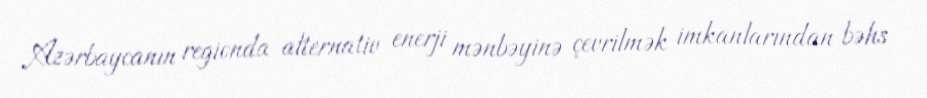
Azərbaycanın regionda alternativ enerji mənbəyinə çevrilmək imkanlarından bəhs